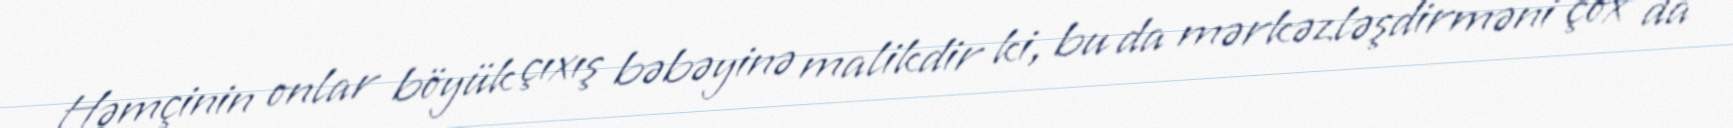
Həmçinin onlar böyük çıxış bəbəyinə malikdir ki, bu da mərkəzləşdirməni çox da